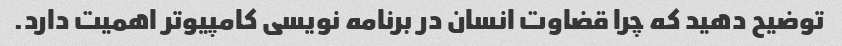
توضیح دهید که چرا قضاوت انسان در برنامه نویسی کامپیوتر اهمیت دارد.